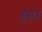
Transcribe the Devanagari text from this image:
हुद्दार